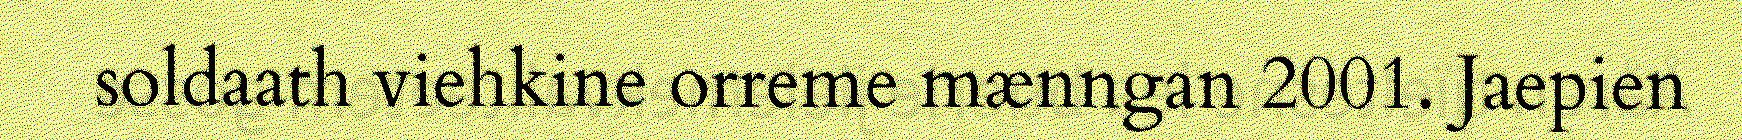
soldaath viehkine orreme mænngan 2001. Jaepien